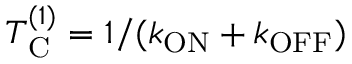
T _ { \mathrm { C } } ^ { ( 1 ) } = 1 / ( k _ { \mathrm { O N } } + k _ { \mathrm { O F F } } )